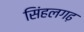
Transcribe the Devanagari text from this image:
सिंहलगढ़